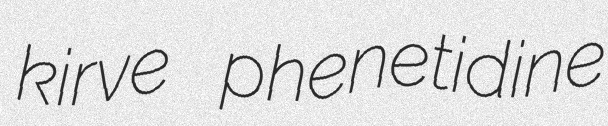
kirve phenetidine